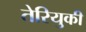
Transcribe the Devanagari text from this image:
तेरियुकी